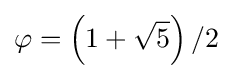
\varphi =\left(1+{\sqrt {5}}\right)/2